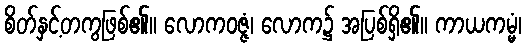
စိတ်နှင့်တကွဖြစ်၏။ လောကဝဇ္ဇံ၊ လောက၌ အပြစ်ရှိ၏။ ကာယကမ္မံ၊